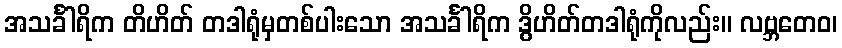
အသင်္ခါရိက တိဟိတ် တဒါရုံမှတစ်ပါးသော အသင်္ခါရိက ဒွိဟိတ်တဒါရုံကိုလည်း။ လဗ္ဘတေဝ၊